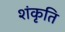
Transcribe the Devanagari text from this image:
शंकृति